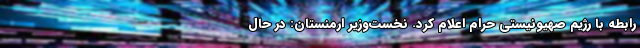
رابطه با رژیم صهیونیستی حرام اعلام کرد. نخست‌وزیر ارمنستان: در حال